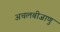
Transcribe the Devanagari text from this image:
अचलबीजाणु